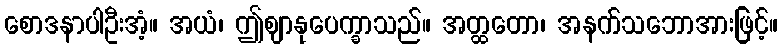
စောဒနာပါဦးအံ့။ အယံ၊ ဤဈာနုပေက္ခာသည်။ အတ္ထတော၊ အနက်သဘောအားဖြင့်။